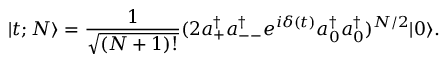
| t ; N \rangle = \frac { 1 } { \sqrt { ( N + 1 ) ! } } ( 2 a _ { + } ^ { \dagger } a _ { -- } ^ { \dagger } e ^ { i \delta ( t ) } a _ { 0 } ^ { \dagger } a _ { 0 } ^ { \dagger } ) ^ { N / 2 } | 0 \rangle .